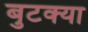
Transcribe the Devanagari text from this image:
बुटक्‍या